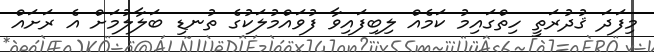
މިފަދަ ޤުދުރަތީ ހިތްގައިމު ކަމެއް ލިބިފައިވާ ފުވައްމުލަކުގެ ތުނޑި ބަލާލުމަށް އެ ރަށައް